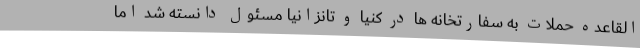
القاعده حملات به سفارتخانه ها در کنیا و تانزانیا مسئول دانسته شد اما